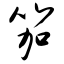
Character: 笳